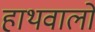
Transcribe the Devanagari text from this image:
हाथवालों